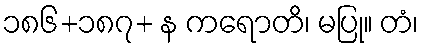
၁၈၆+၁၈၇+ န ကရောတိ၊ မပြု။ တံ၊